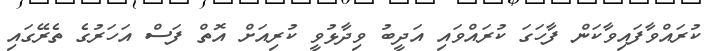
ކުރައްވާފައިވާކަން ފާހަަގަ ކުރައްވައި އަދީބު ވިދާޅުވީ ކުރިއަށް އޮތް ފަސް އަހަރުގެ ތެރޭގައި